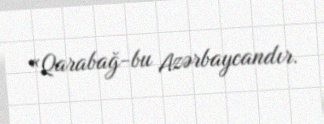
«Qarabağ-bu Azərbaycandır.